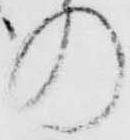
の